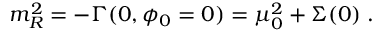
m _ { R } ^ { 2 } = - \Gamma ( 0 , \phi _ { 0 } = 0 ) = \mu _ { 0 } ^ { 2 } + \Sigma ( 0 ) \; .